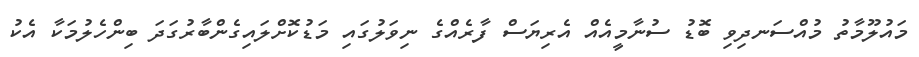
މައުލޫމާތު މުއްސަނދިވި ބޮޑު ސުނާމީއެއް އެރިޔަސް ފާރެއްގެ ނިވަލުގައި މަޑުކޮށްލައިގެންބާރުގަދަ ބިންހެލުމަކާ އެކު